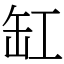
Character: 缸